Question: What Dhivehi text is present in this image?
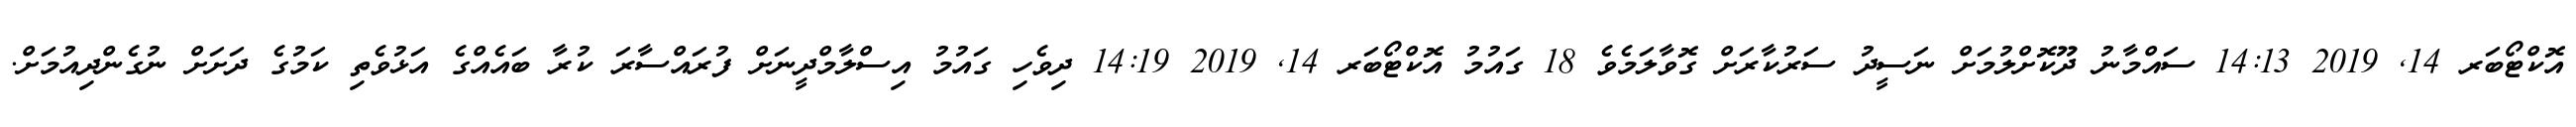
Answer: އޮކްޓޯބަރ 14, 2019 14:13 ސައްމާނު ދޫކޮށްލުމަށް ނަސީދު ސަރުކާރަށް ގޮވާލަމެވެ 18 ގައުމު އޮކްޓޯބަރ 14, 2019 14:19 ދިވެހި ގައުމު އިސްލާމްދީނަށް ފުރައްސާރަ ކުރާ ބައެއްގެ އަޅުވެތި ކަމުގެ ދަށަށް ނުގެންދިއުމަށް.